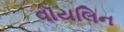
વૉયલિન